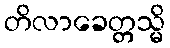
တိလာခေတ္တသ္မိ